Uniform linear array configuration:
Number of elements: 64
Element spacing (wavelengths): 0.25
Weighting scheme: binomial
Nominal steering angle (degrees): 0
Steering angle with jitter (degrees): -0.2904
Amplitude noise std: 0.05
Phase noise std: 0.05

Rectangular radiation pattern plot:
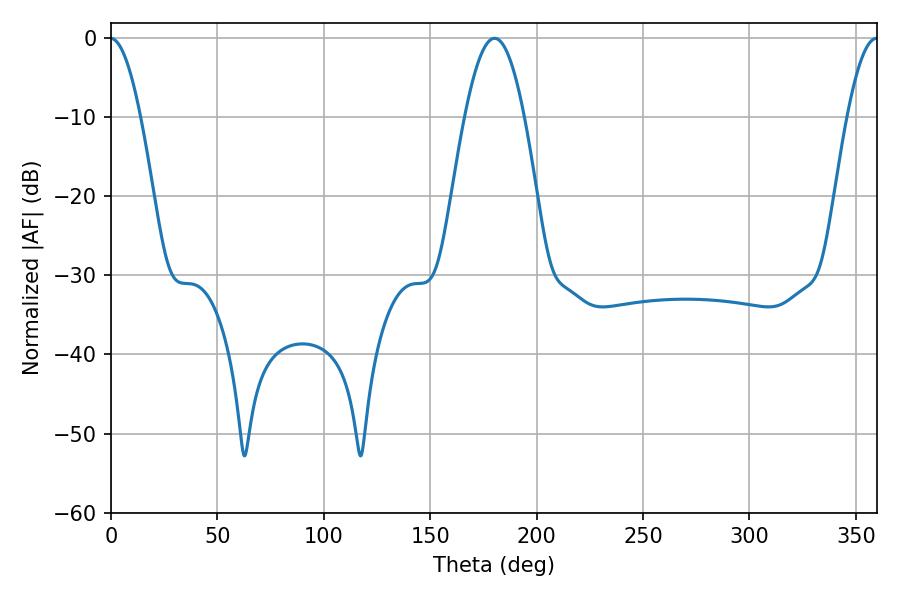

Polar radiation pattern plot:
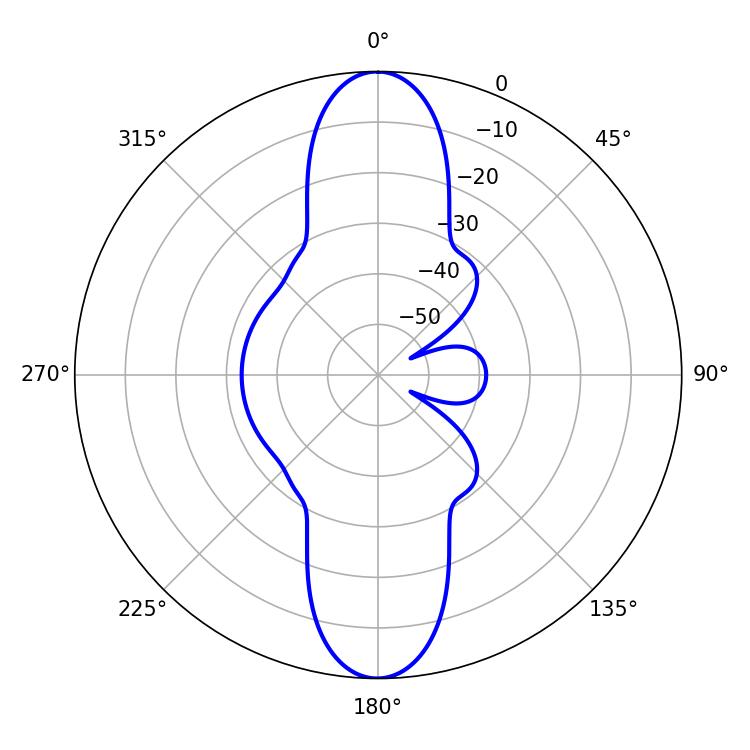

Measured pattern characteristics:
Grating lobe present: FALSE
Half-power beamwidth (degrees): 15.12
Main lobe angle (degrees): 180.18